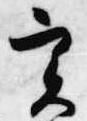
実